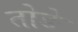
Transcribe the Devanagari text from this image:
तोङे